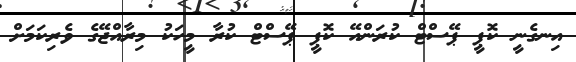
އިނގެނީ ކޮޕީ ޕޭސްޓް ކުރަންްއޭ ކޮޕީ ޕޭސްޓް ކުރާ މީހަކު މިރާއްޖޭގެ ވެރިކަމަށް